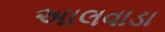
અાલવાડા